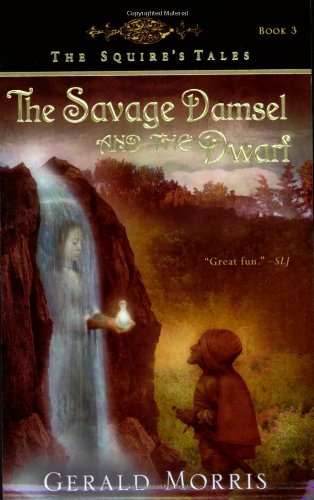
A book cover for The Savage Damsel and the Dwarf (The Squire's Tales); Gerald Morris; Children's Books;